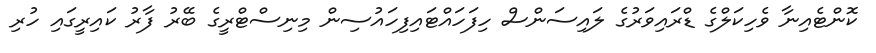
ކޮންޓެއިނާ ވެހިކަލްގެ ޑްރައިވަރުގެ ލައިސަންސް ހިފަހައްޓައިފިހައުސިން މިނިސްޓްރީގެ ބޭރު ފާރު ކައިރީގައި ހުރި